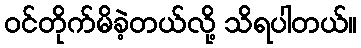
ဝင်တိုက်မိခဲ့တယ်လို့ သိရပါတယ်။